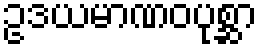
ဥဒယမာဏဝပုစ္ဆာ